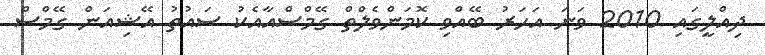
ދިއްލީގައި 2010 ވަނަ އަހަރު ބޭއްވި ކޮމަންވެލްތް ގޭމްސްއާއެކު ސައުތު އޭޝިއަން ގޭމްސް